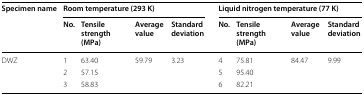
<table><thead><tr><td rowspan="2"><b>Specimen name</b></td><td colspan="4"><b>Room temperature (293 K)</b></td><td colspan="4"><b>Liquid nitrogen temperature (77 K)</b></td></tr><tr><td><b>No.</b></td><td><b>Tensile strength (MPa)</b></td><td><b>Average value</b></td><td><b>Standard deviation</b></td><td><b>No.</b></td><td><b>Tensile strength (MPa)</b></td><td><b>Average value</b></td><td><b>Standard deviation</b></td></tr></thead><tbody><tr><td rowspan="3">DWZ</td><td>1</td><td>63.40</td><td rowspan="3">59.79</td><td rowspan="3">3.23</td><td>4</td><td>75.81</td><td rowspan="3">84.47</td><td rowspan="3">9.99</td></tr><tr><td>2</td><td>57.15</td><td>5</td><td>95.40</td></tr><tr><td>3</td><td>58.83</td><td>6</td><td>82.21</td></tr></tbody></table>